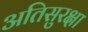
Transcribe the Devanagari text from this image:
अतिसुरक्षा